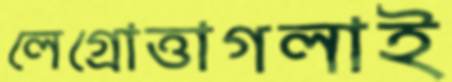
লেগ্রোত্তাগলাই